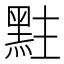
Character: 𪐴